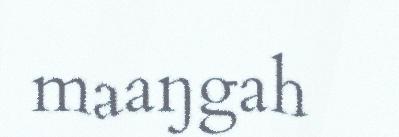
maaŋgah